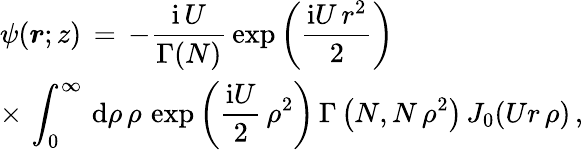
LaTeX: \begin{array}{l}{\displaystyle\psi(\boldsymbol{r};z)\, =\, -\frac{\mathrm{i}\, U}{\Gamma(N)}\, \exp\left(\frac{\mathrm{i}U\, r^{2}}2\right)\, }\\ {\displaystyle\times\, \int_{0}^{\infty}\, \mathrm{d}\rho\, \rho\, \exp\left(\frac{\mathrm{i}U}2\, \rho^{2}\right)\, {\Gamma\left(N,N\, \rho^{2}\right)}\, J_{0}(Ur\, \rho)\, ,}\end{array}